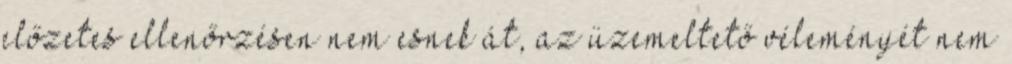
előzetes ellenőrzésen nem esnek át, az üzemeltető véleményét nem